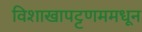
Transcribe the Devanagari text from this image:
विशाखापट्टणममधून